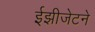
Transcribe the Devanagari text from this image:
ईझीजेटने